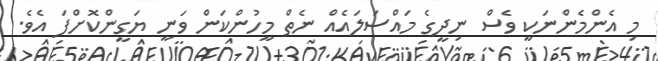
މި އެންމެންނަކީ ވެސް ނިދީގެ މައްސަލައެއް ނެތް މީހުންކަން ވަނީ ޔަގީންކޮށްފަ އެވެ.